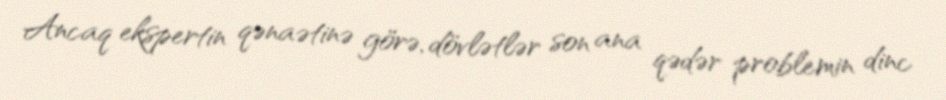
Ancaq ekspertin qənaətinə görə, dövlətlər son ana qədər problemin dinc